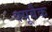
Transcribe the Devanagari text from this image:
क्यूबैक